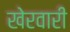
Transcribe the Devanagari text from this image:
खेरवारी